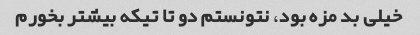
خیلی بد مزه بود، نتونستم دو تا تیکه بیشتر بخورم